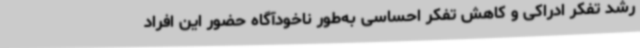
رشد تفکر ادراکی و کاهش تفکر احساسی به‌طور ناخودآگاه حضور این افراد